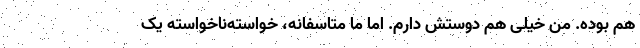
هم بوده. من خیلی هم دوستش دارم. اما ما متاسفانه، خواسته‌ناخواسته یک